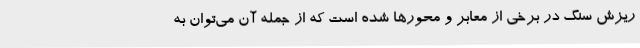
ریزش سنگ در برخی از معابر و محورها شده است که از جمله آن می‌توان به